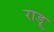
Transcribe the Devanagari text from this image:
राडू